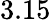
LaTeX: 3.15